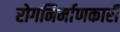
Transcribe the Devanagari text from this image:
रोगनिर्माणकारी